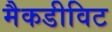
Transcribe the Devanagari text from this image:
मैकडीविट